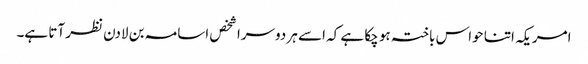
امریکہ اتنا حواس باختہ ہو چکا ہے کہ اسے ہر دوسرا شخص اسامہ بن لادن نظر آتا ہے۔